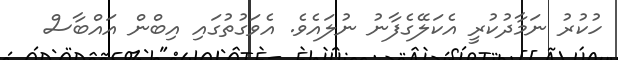
ހުކުރު ނަމާދުކުރީ އެކަލޭގެފާނު ނުލައެވެ. އެވަގުތުގައި އިބްން އައްބާސް